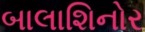
બાલાશિનોર